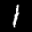
Label: 1